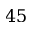
4 5